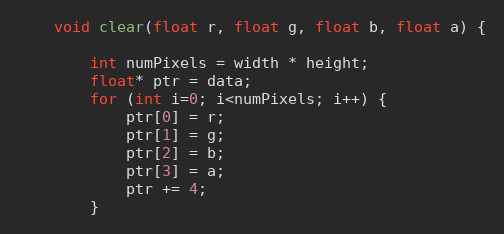
Language: C
    void clear(float r, float g, float b, float a) {

        int numPixels = width * height;
        float* ptr = data;
        for (int i=0; i<numPixels; i++) {
            ptr[0] = r;
            ptr[1] = g;
            ptr[2] = b;
            ptr[3] = a;
            ptr += 4;
        }